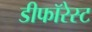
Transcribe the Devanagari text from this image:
डीफॉरेस्ट